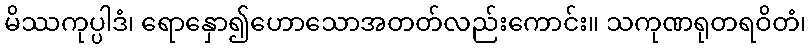
မိဿကုပ္ပါဒံ၊ ရောနှော၍ဟောသောအတတ်လည်းကောင်း။ သကုဏရုတရဝိတံ၊